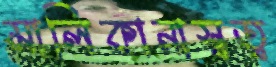
মালিকানাস্বত্ব